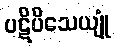
ပဋိပိသေယျုံ